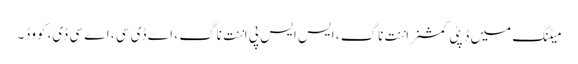
میٹنگ میں ڈپٹی کمشنر اننت ناگ ، ایس ایس پی اننت ناگ ، اے ڈی سی ، اے سی ڈی، کووِڈ۔